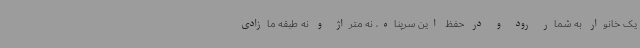
یک خانوار به شمار رود و در حفظ این سرپناه، نه متراژ و نه طبقه مازادی